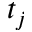
t _ { j }